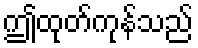
ဤထုတ်ကုန်သည်